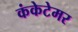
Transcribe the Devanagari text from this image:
कंकेटेमर